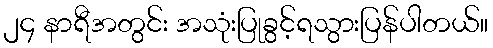
၂၄ နာရီအတွင်း အသုံးပြုခွင့်ရသွားပြန်ပါတယ်။